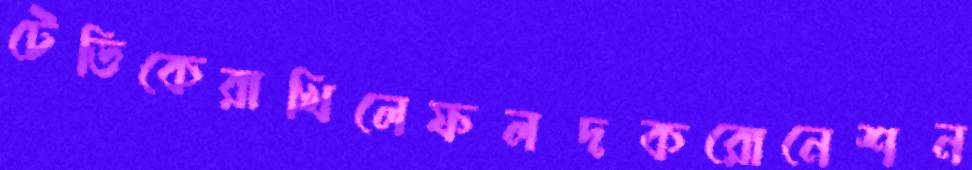
টেডিকেরাখিলেফলদকরোনেশন